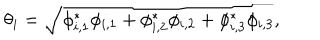
\theta _ { i } = \sqrt { \phi _ { i , 1 } ^ { * } \phi _ { i , 1 } + \phi _ { i , 2 } ^ { * } \phi _ { i , 2 } + \phi _ { i , 3 } ^ { * } \phi _ { i , 3 } } ,